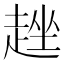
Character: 趖